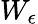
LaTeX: W_{\epsilon}